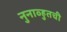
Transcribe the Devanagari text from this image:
नुनाव्हुतची